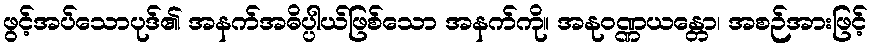
ဖွင့်အပ်သောပုဒ်၏ အနက်အဓိပ္ပါယ်ဖြစ်သော အနက်ကို။ အနုဝဏ္ဏယန္တော၊ အစဉ်အားဖြင့်